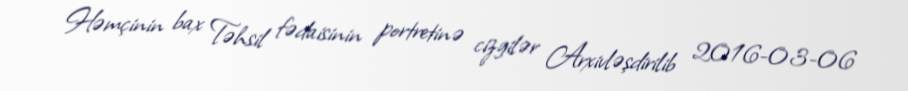
Həmçinin bax Təhsil fədaisinin portretinə cizgilər Arxivləşdirilib 2016-03-06